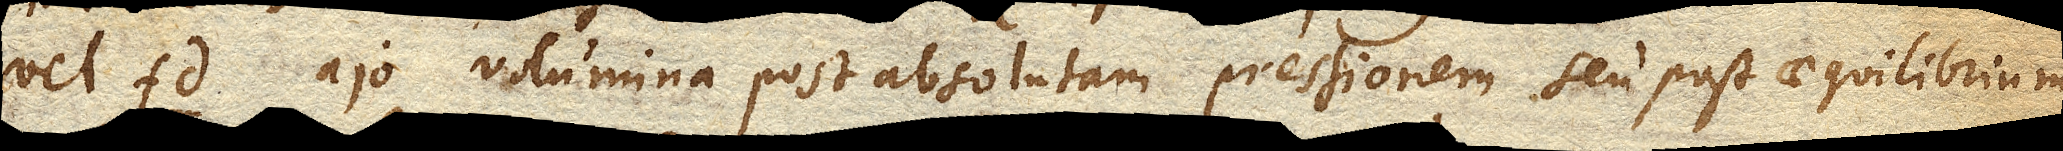
vel fd. ajo volumina post absolutam pressionem seu post aequilibrium